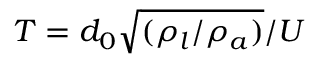
T = d _ { 0 } \sqrt { ( \rho _ { l } / \rho _ { a } ) } / U